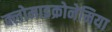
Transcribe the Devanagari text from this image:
क्लोमाइक्रोनेमिया